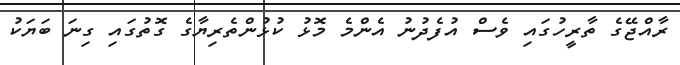
ރާއްޖޭގެ ތާރީހުގައި ވެސް އުފެދުނު އެންމެ މޮޅު ކުޅުންތެރިޔާގެ ގޮތުގައި ގިނަ ބަޔަކު